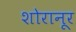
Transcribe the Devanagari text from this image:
शोरानूर